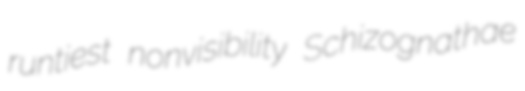
runtiest nonvisibility Schizognathae